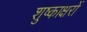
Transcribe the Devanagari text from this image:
शुष्काक्षरों